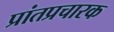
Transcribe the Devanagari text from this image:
प्रांतप्रचारक